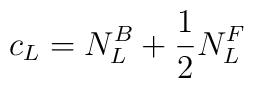
c_{\small L}=N_L^B+\frac{1}{2}N_L^F